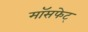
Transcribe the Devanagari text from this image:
मॉसफेट्